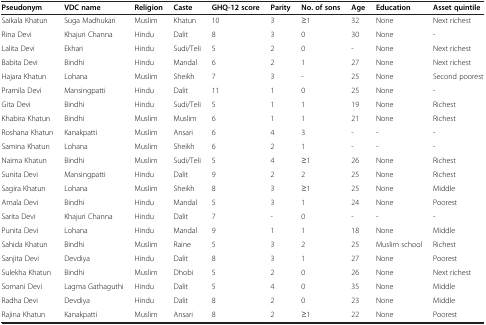
<table><thead><tr><td><b>Pseudonym</b></td><td><b>VDC name</b></td><td><b>Religion</b></td><td><b>Caste</b></td><td><b>GHQ-12 score</b></td><td><b>Parity</b></td><td><b>No. of sons</b></td><td><b>Age</b></td><td><b>Education</b></td><td><b>Asset quintile</b></td></tr></thead><tbody><tr><td>Saikala Khatun</td><td>Suga Madhukari</td><td>Muslim</td><td>Khatun</td><td>10</td><td>3</td><td>≥1</td><td>32</td><td>None</td><td>Next richest</td></tr><tr><td>Rina Devi</td><td>Khajuri Channa</td><td>Hindu</td><td>Dalit</td><td>8</td><td>3</td><td>0</td><td>30</td><td>None</td><td>-</td></tr><tr><td>Lalita Devi</td><td>Ekhari</td><td>Hindu</td><td>Sudi/Teli</td><td>5</td><td>2</td><td>0</td><td>-</td><td>None</td><td>Next richest</td></tr><tr><td>Babita Devi</td><td>Bindhi</td><td>Hindu</td><td>Mandal</td><td>6</td><td>2</td><td>1</td><td>27</td><td>None</td><td>Next richest</td></tr><tr><td>Hajara Khatun</td><td>Lohana</td><td>Muslim</td><td>Sheikh</td><td>7</td><td>3</td><td>-</td><td>25</td><td>None</td><td>Second poorest</td></tr><tr><td>Pramila Devi</td><td>Mansingpatti</td><td>Hindu</td><td>Dalit</td><td>11</td><td>1</td><td>0</td><td>25</td><td>None</td><td>-</td></tr><tr><td>Gita Devi</td><td>Bindhi</td><td>Hindu</td><td>Sudi/Teli</td><td>5</td><td>1</td><td>1</td><td>19</td><td>None</td><td>Richest</td></tr><tr><td>Khabira Khatun</td><td>Bindhi</td><td>Muslim</td><td>Muslim</td><td>6</td><td>1</td><td>1</td><td>21</td><td>None</td><td>Richest</td></tr><tr><td>Roshana Khatun</td><td>Kanakpatti</td><td>Muslim</td><td>Ansari</td><td>6</td><td>4</td><td>3</td><td>-</td><td>-</td><td>-</td></tr><tr><td>Samina Khatun</td><td>Lohana</td><td>Muslim</td><td>Sheikh</td><td>6</td><td>2</td><td>1</td><td>-</td><td>-</td><td>-</td></tr><tr><td>Naima Khatun</td><td>Bindhi</td><td>Muslim</td><td>Sudi/Teli</td><td>5</td><td>4</td><td>≥1</td><td>26</td><td>None</td><td>Richest</td></tr><tr><td>Sunita Devi</td><td>Mansingpatti</td><td>Hindu</td><td>Dalit</td><td>9</td><td>2</td><td>2</td><td>25</td><td>None</td><td>Richest</td></tr><tr><td>Sagira Khatun</td><td>Lohana</td><td>Muslim</td><td>Sheikh</td><td>8</td><td>3</td><td>≥1</td><td>25</td><td>None</td><td>Middle</td></tr><tr><td>Amala Devi</td><td>Bindhi</td><td>Hindu</td><td>Mandal</td><td>5</td><td>3</td><td>1</td><td>24</td><td>None</td><td>Poorest</td></tr><tr><td>Sarita Devi</td><td>Khajuri Channa</td><td>Hindu</td><td>Dalit</td><td>7</td><td>-</td><td>0</td><td>-</td><td>-</td><td>-</td></tr><tr><td>Punita Devi</td><td>Lohana</td><td>Hindu</td><td>Mandal</td><td>9</td><td>1</td><td>1</td><td>18</td><td>None</td><td>Middle</td></tr><tr><td>Sahida Khatun</td><td>Bindhi</td><td>Muslim</td><td>Raine</td><td>5</td><td>3</td><td>2</td><td>25</td><td>Muslim school</td><td>Richest</td></tr><tr><td>Sanjita Devi</td><td>Devdiya</td><td>Hindu</td><td>Dalit</td><td>8</td><td>3</td><td>1</td><td>27</td><td>None</td><td>Poorest</td></tr><tr><td>Sulekha Khatun</td><td>Bindhi</td><td>Muslim</td><td>Dhobi</td><td>5</td><td>2</td><td>0</td><td>26</td><td>None</td><td>Next richest</td></tr><tr><td>Somani Devi</td><td>Lagma Gathaguthi</td><td>Hindu</td><td>Dalit</td><td>5</td><td>4</td><td>0</td><td>35</td><td>None</td><td>Middle</td></tr><tr><td>Radha Devi</td><td>Devdiya</td><td>Hindu</td><td>Dalit</td><td>8</td><td>2</td><td>0</td><td>23</td><td>None</td><td>Middle</td></tr><tr><td>Rajina Khatun</td><td>Kanakpatti</td><td>Muslim</td><td>Ansari</td><td>8</td><td>2</td><td>≥1</td><td>22</td><td>None</td><td>Poorest</td></tr></tbody></table>